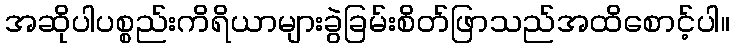
အဆိုပါပစ္စည်းကိရိယာများခွဲခြမ်းစိတ်ဖြာသည်အထိစောင့်ပါ။